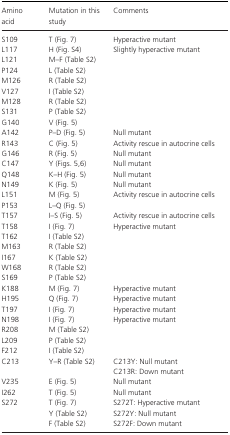
| Amino acid | Mutation in this study | Comments |
 | --- | --- | --- |
 | S109 | T (Fig. 7) | Hyperactive mutant |
 | L117 | H (Fig. S4) | Slightly hyperactive mutant |
 | L121 | M–F (Table S2) |  |
 | P124 | L (Table S2) |  |
 | M126 | R (Table S2) |  |
 | V127 | I (Table S2) |  |
 | M128 | R (Table S2) |  |
 | S131 | P (Table S2) |  |
 | G140 | V (Fig. 5) |  |
 | A142 | P–D (Fig. 5) | Null mutant |
 | R143 | C (Fig. 5) | Activity rescue in autocrine cells |
 | G146 | R (Fig. 5) | Null mutant |
 | C147 | Y (Figs. 5, 6) | Null mutant |
 | Q148 | K–H (Fig. 5) | Null mutant |
 | N149 | K (Fig. 5) | Null mutant |
 | L151 | M (Fig. 5) | Activity rescue in autocrine cells |
 | P153 | L–Q (Fig. 5) |  |
 | T157 | I–S (Fig. 5) | Activity rescue in autocrine cells |
 | T158 | I (Fig. 7) | Hyperactive mutant |
 | T162 | I (Table S2) |  |
 | M163 | R (Table S2) |  |
 | I167 | K (Table S2) |  |
 | W168 | R (Table S2) |  |
 | S169 | P (Table S2) |  |
 | K188 | M (Fig. 7) | Hyperactive mutant |
 | H195 | Q (Fig. 7) | Hyperactive mutant |
 | T197 | I (Fig. 7) | Hyperactive mutant |
 | N198 | I (Fig. 7) | Hyperactive mutant |
 | R208 | M (Table S2) |  |
 | L209 | P (Table S2) |  |
 | F212 | I (Table S2) |  |
 | C213 | Y–R (Table S2) | C213Y: Null mutantC213R: Down mutant |
 | V235 | E (Fig. 5) | Null mutant |
 | I262 | T (Fig. 5) | Null mutant |
 | S272 | T (Fig. 7)Y (Table S2)F (Table S2) | S272T: Hyperactive mutantS272Y: Null mutantS272F: Down mutant |